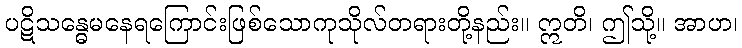
ပဋိသန္ဓေမနေရကြောင်းဖြစ်သောကုသိုလ်တရားတို့နည်း။ ဣတိ၊ ဤသို့။ အာဟ၊